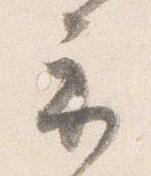
示